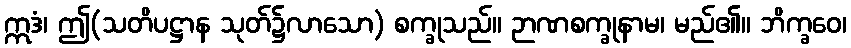
ဣဒံ၊ ဤ(သတိပဋ္ဌာန သုတ်၌လာသော) စက္ခုသည်။ ဉာဏစက္ခုနာမ၊ မည်၏။ ဘိက္ခဝေ၊